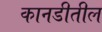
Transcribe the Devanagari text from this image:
कानडीतील